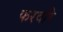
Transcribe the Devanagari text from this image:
फरवरि